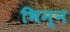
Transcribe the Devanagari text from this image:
भिन्न